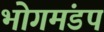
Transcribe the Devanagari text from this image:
भोगमंडप